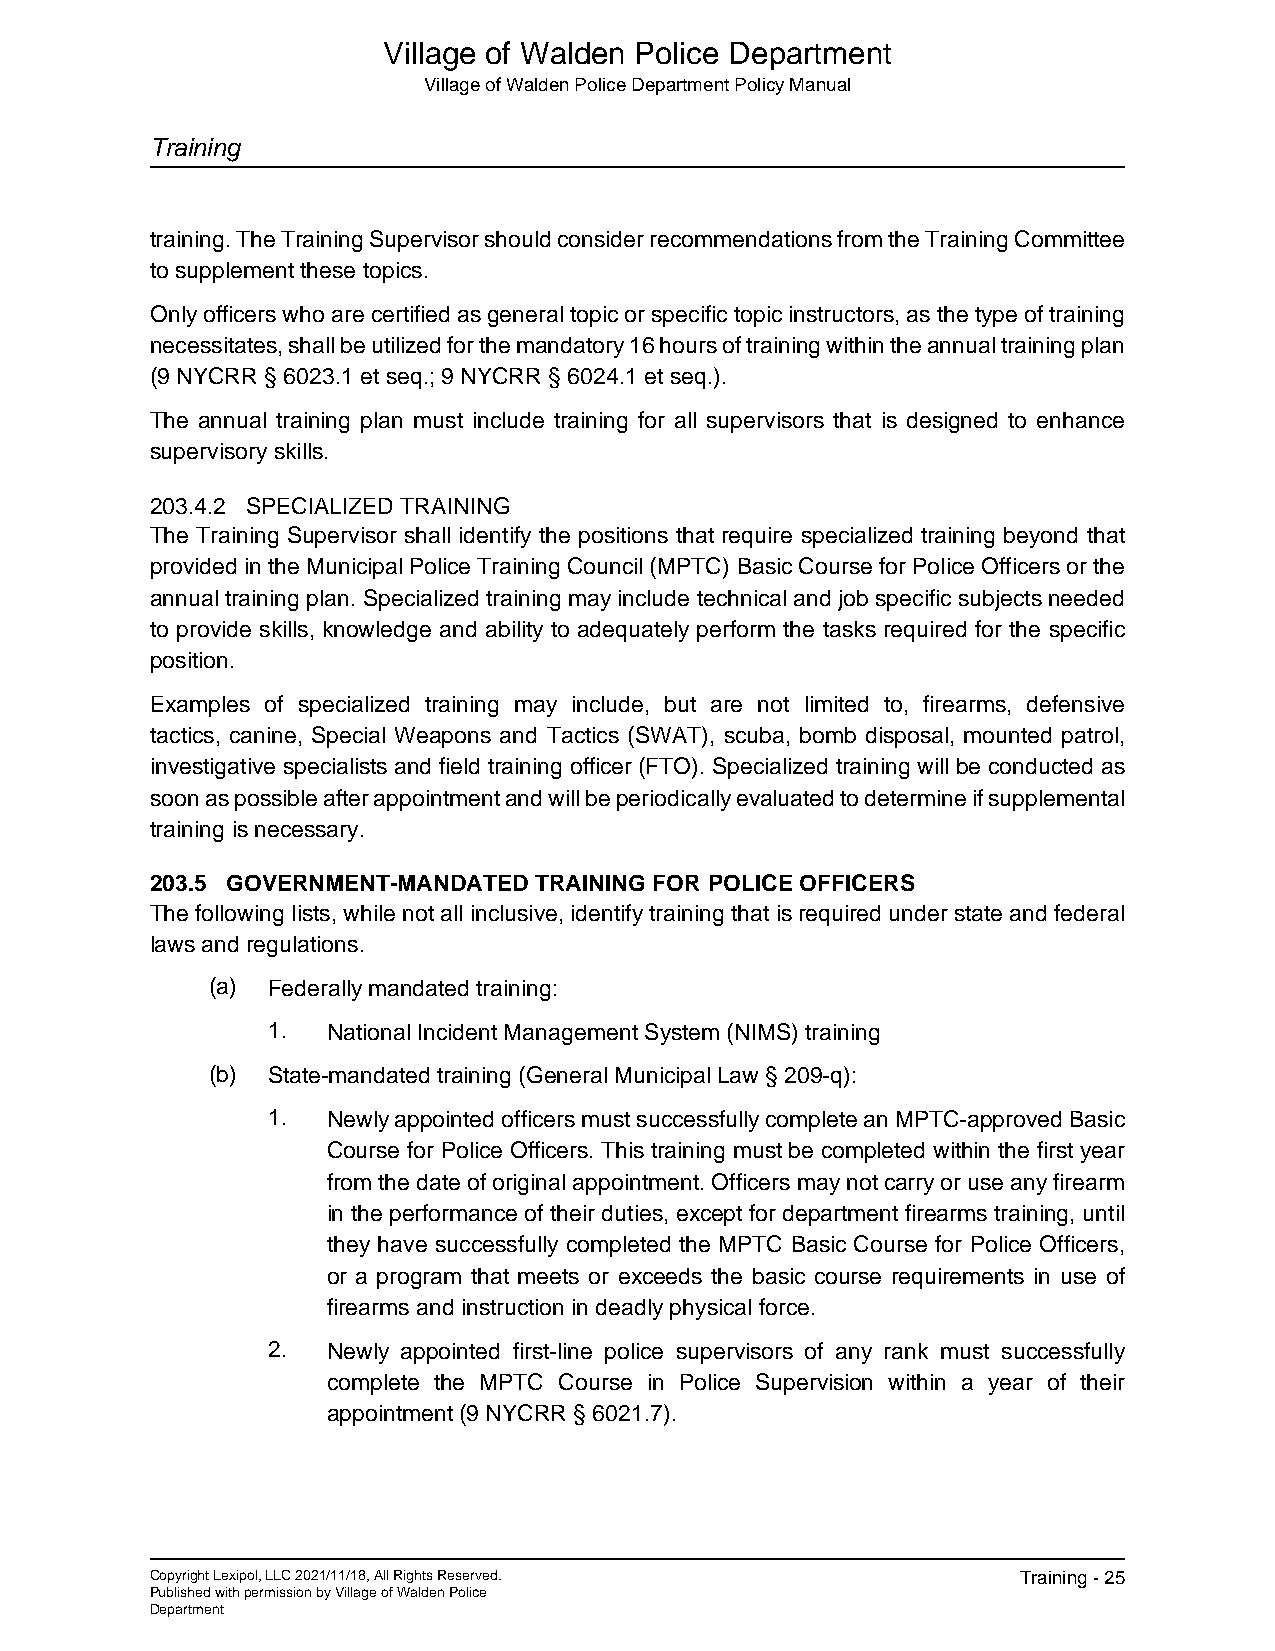
Village of Walden Police Department
 Village of Walden Police Department Policy Manual
 Training
 training. The Training Supervisor should consider recommendations from the Training Committee
 to supplement these topics.
 Only officers who are certified as general topic or specific topic instructors, as the type of training
 necessitates, shall be utilized for the mandatory 16 hours of training within the annual training plan
 (9 NYCRR § 6023.1 et seq.; 9 NYCRR § 6024.1 et seq.).
 The annual training plan must include training for all supervisors that is designed to enhance
 supervisory skills.
 203.4.2 SPECIALIZED TRAINING
 The Training Supervisor shall identify the positions that require specialized training beyond that
 provided in the Municipal Police Training Council (MPTC) Basic Course for Police Officers or the
 annual training plan. Specialized training may include technical and job specific subjects needed
 to provide skills, knowledge and ability to adequately perform the tasks required for the specific
 position.
 Examples of specialized training may include, but are not limited to, firearms, defensive
 tactics, canine, Special Weapons and Tactics (SWAT), scuba, bomb disposal, mounted patrol,
 investigative specialists and field training officer (FTO). Specialized training will be conducted as
 soon as possible after appointment and will be periodically evaluated to determine if supplemental
 training is necessary.
 203.5 GOVERNMENT-MANDATED TRAINING FOR POLICE OFFICERS
 The following lists, while not all inclusive, identify training that is required under state and federal
 laws and regulations.
 (a) Federally mandated training:
 1.  National Incident Management System (NIMS) training
 (b) State-mandated training (General Municipal Law § 209-q):
 1.  Newly appointed officers must successfully complete an MPTC-approved Basic
 Course for Police Officers. This training must be completed within the first year
 from the date of original appointment. Officers may not carry or use any firearm
 in the performance of their duties, except for department firearms training, until
 they have successfully completed the MPTC Basic Course for Police Officers,
 or a program that meets or exceeds the basic course requirements in use of
 firearms and instruction in deadly physical force.
 2.  Newly appointed first-line police supervisors of any rank must successfully
 complete the MPTC Course in Police Supervision within a year of their
 appointment (9 NYCRR § 6021.7).
 Copyright Lexipol, LLC 2021/11/18, All Rights Reserved.   Training - 25
 Published with permission by Village of Walden Police
 Department